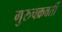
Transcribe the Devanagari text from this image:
गुरुचक्रवर्ती